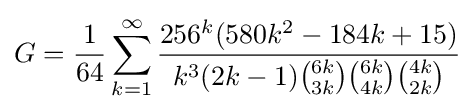
G={\frac {1}{64}}\sum _{k=1}^{\infty }{\frac {256^{k}(580k^{2}-184k+15)}{k^{3}(2k-1){\binom {6k}{3k}}{\binom {6k}{4k}}{\binom {4k}{2k}}}}